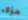
هؤلاء